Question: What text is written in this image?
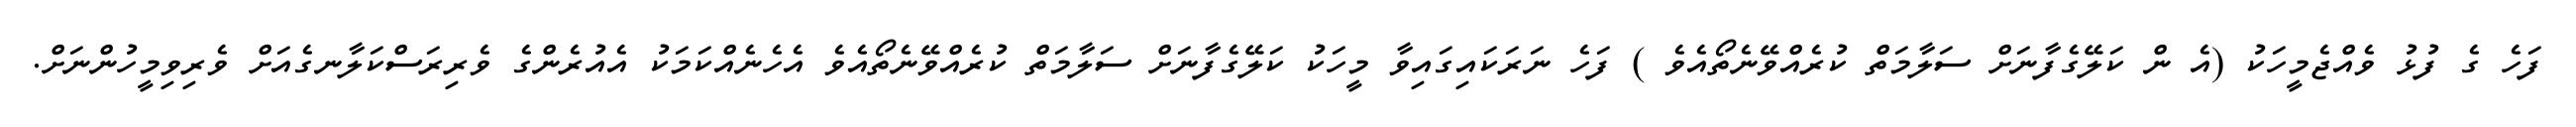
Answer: ފަހެ ގެ ފުޅު ވެއްޖެމީހަކު (އެ ން ކަލޭގެފާނަށް ސަލާމަތް ކުރެއްވޭނެތޯއެވެ ) ފަހެ ނަރަކައިގައިވާ މީހަކު ކަލޭގެފާނަށް ސަލާމަތް ކުރެއްވޭނެތޯއެވެ އެހެނެއްކަމަކު އެއުރެންގެ ވެރިރަސްކަލާނގެއަށް ވެރިވިމީހުންނަށް.